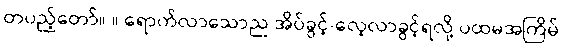
တပည့်တော်။ ။ ရောက်လာသောည အိပ်ခွင့်-လေ့လာခွင့်ရလို့ ပထမအကြိမ်